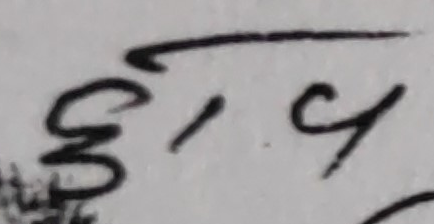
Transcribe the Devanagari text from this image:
३,५